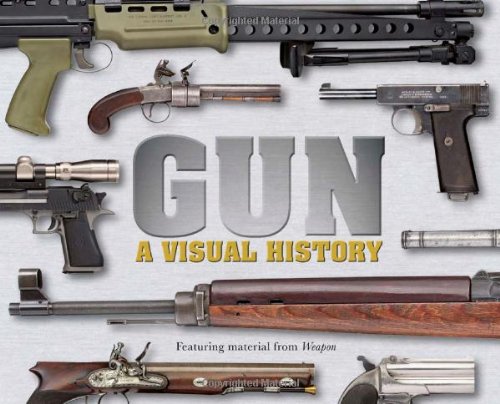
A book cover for Gun: A Visual History; DK Publishing; Crafts, Hobbies & Home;